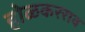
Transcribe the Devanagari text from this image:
होळकरराव